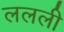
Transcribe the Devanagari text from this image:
ललली